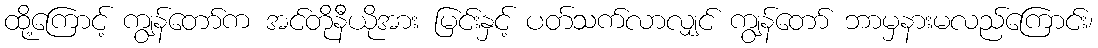
ထို့ကြောင့် ကျွန်တော်က အင်တိုနီယိုအား မြင်းနှင့် ပတ်သက်လာလျှင် ကျွန်တော် ဘာမှနားမလည်ကြောင်း၊